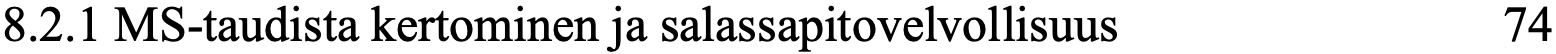
8.2.1 MS-taudista kertominen ja salassapitovelvollisuus 74